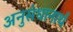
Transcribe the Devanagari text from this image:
अनुसंधानार्थ